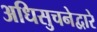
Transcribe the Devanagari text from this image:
अधिसुचनेद्वारे